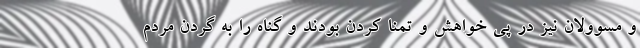
و مسوولان نیز در پی خواهش و تمنا کردن بودند و گناه را به گردن مردم